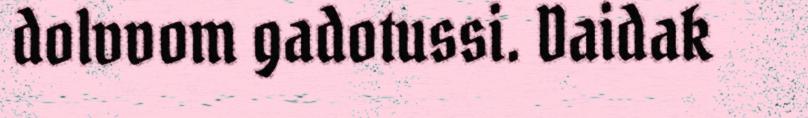
dolvvom gadotussi. Daidak